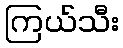
ကြယ်သီး